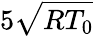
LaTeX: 5\sqrt{R{T_{0}}}